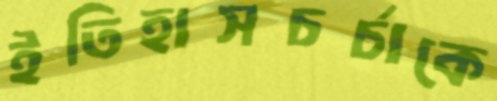
ইতিহাসচর্চাকে